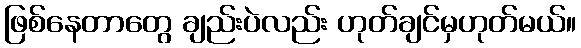
ဖြစ်နေတာတွေ ချည်းပဲလည်း ဟုတ်ချင်မှဟုတ်မယ်။